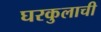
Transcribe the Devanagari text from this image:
घरकुलाची